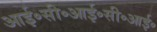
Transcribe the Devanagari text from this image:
आई॰सी॰आई॰सी॰आई॰